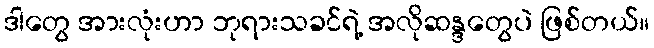
ဒါတွေ အားလုံးဟာ ဘုရားသခင်ရဲ့ အလိုဆန္ဒတွေပဲ ဖြစ်တယ်။